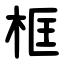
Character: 框